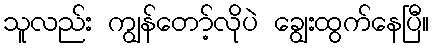
သူလည်း ကျွန်တော့်လိုပဲ ချွေးထွက်နေပြီ။